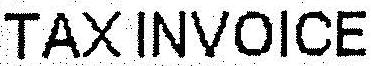
TAX INVOICE